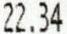
22.34